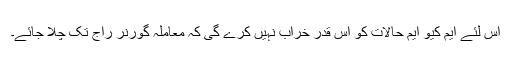
اس لئے ایم کیو ایم حالات کو اس قدر خراب نہیں کرے گی کہ معاملہ گورنر راج تک چلا جائے۔